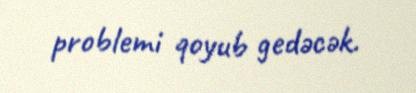
problemi qoyub gedəcək.